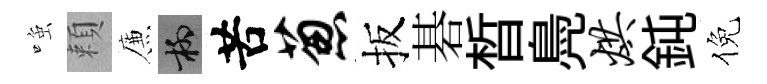
𫪻頼簾柳苦葱扳碁晳鳧烘鈍倪